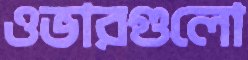
ওভারগুলো